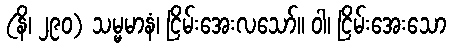
(နိ၊ ၂၉၀) သမ္မမာနံ၊ ငြိမ်းအေးလသော်။ ဝါ၊ ငြိမ်းအေးသော